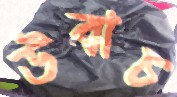
উবাচ